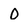
Character: 0